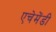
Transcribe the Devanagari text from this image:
एचेमेंडी